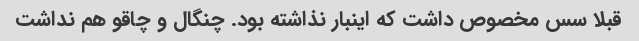
قبلا سس مخصوص داشت که اینبار نذاشته بود. چنگال و چاقو هم نداشت